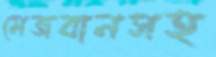
মেজবানসহ